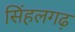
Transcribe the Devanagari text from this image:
सिंहलगढ़